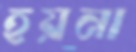
হয়না